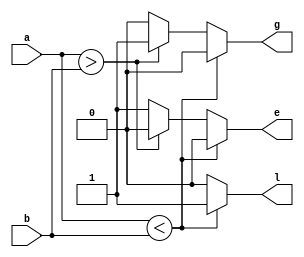
module comparator (
    input [3:0] a, b, output reg l, g, e
);
    always@(a, b) begin
        if(a < b) begin
            l = 1;
            g = 0;
            e = 0;
        end
        else if(a > b) begin
            l = 0;
            g = 1;
            e = 0;
        end
        else begin
            l = 0;
            g = 0;
            e = 1;
        end
    end
endmodule